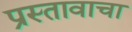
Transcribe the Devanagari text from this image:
प्रस्तावाचा